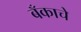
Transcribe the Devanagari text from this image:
बँकाचे